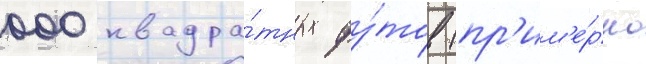
000 квадра́тных фу́тов (пр'им'е́рно